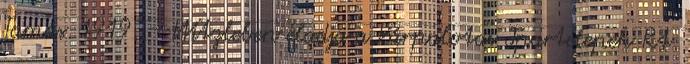
Tamás. 1919. – Witzleben eladja a Várpalotai Ipartelepek Rt.